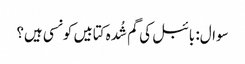
سوال: بائبل کی گم شُدہ کتابیں کونسی ہیں؟